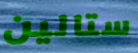
ستالين